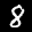
Label: 8